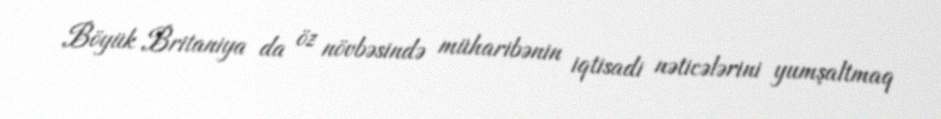
Böyük Britaniya da öz növbəsində müharibənin iqtisadi nəticələrini yumşaltmaq